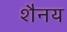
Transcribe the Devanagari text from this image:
शैनय